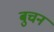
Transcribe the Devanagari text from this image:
बुचन